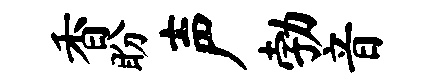
香盼声勃音